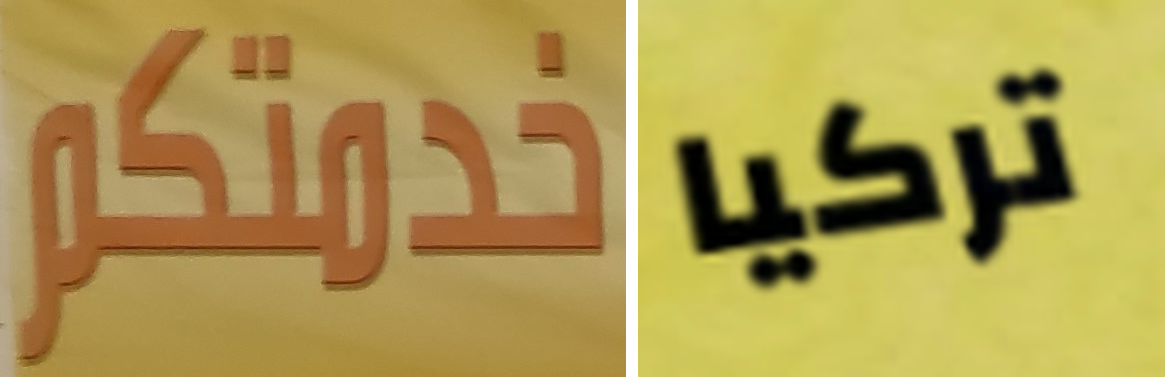
خدمتكم تركيا